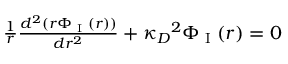
\begin{array} { r } { \frac { 1 } { r } \frac { d ^ { 2 } ( r \Phi _ { \textrm { I } } ( r ) ) } { d r ^ { 2 } } + { \kappa _ { D } } ^ { 2 } \Phi _ { \textrm { I } } ( r ) = 0 } \end{array}